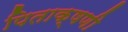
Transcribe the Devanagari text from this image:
पिताक्षणी